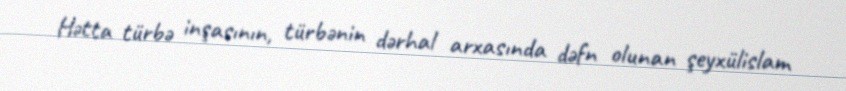
Hətta türbə inşasının, türbənin dərhal arxasında dəfn olunan şeyxülislam